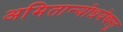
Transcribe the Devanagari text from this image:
अमितान्योधयेद्यस्तु